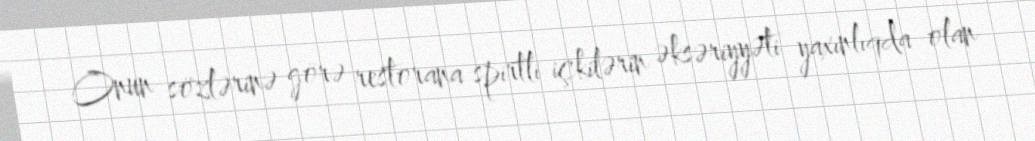
Onun sözlərinə görə restorana spirtli içkilərin əksəriyyəti yaxınlıqda olan